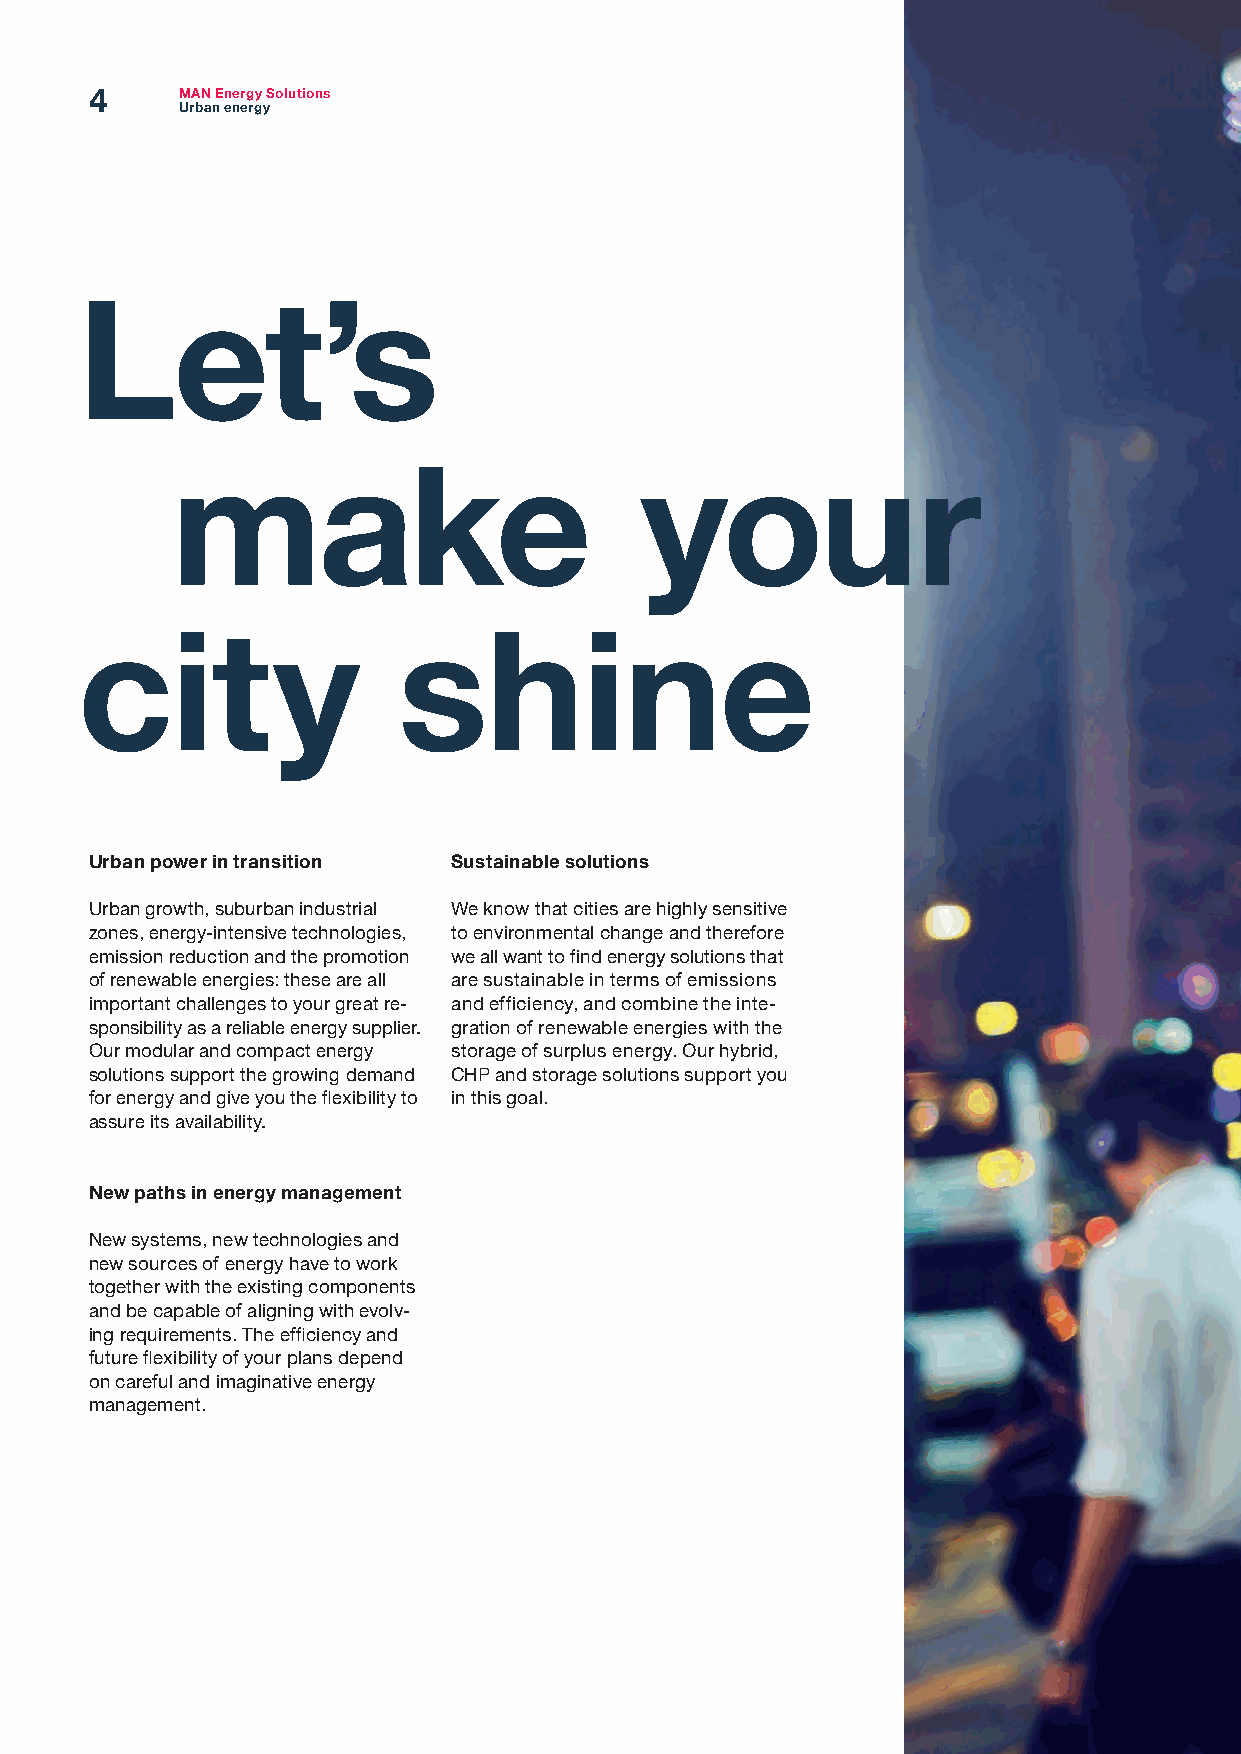
4     MAN Energy Solutions
 Urban energy
 Let’s
 make                           your
 city                 shine
 Urban power in transition Sustainable solutions
 Urban growth, suburban industrial We know that cities are highly sensitive
 zones, energy-intensive technologies, to environmental change and therefore
 emission reduction and the promotion we all want to find energy solutions that
 of renewable energies: these are all are sustainable in terms of emissions
 important challenges to your great re- and efficiency, and combine the inte-
 sponsibility as a reliable energy supplier. gration of renewable energies with the
 Our modular and compact energy storage of surplus energy. Our hybrid,
 solutions support the growing demand CHP and storage solutions support you
 for energy and give you the flexibility to in this goal.
 assure its availability.
 New paths in energy management
 New systems, new technologies and
 new sources of energy have to work
 together with the existing components
 and be capable of aligning with evolv-
 ing requirements. The efficiency and
 future flexibility of your plans depend
 on careful and imaginative energy
 management.